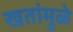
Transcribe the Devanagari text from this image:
खतांमुळे